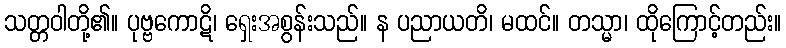
သတ္တဝါတို့၏။ ပုဗ္ဗကောဋိ၊ ရှေးအစွန်းသည်။ န ပညာယတိ၊ မထင်။ တသ္မာ၊ ထိုကြောင့်တည်း။